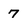
Character: 7